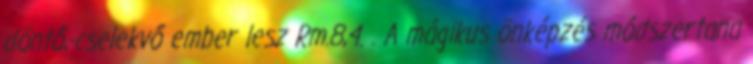
döntő,-cselekvő ember lesz Rm.8,4. . A mágikus önképzés módszertana